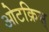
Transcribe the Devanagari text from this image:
ओटक्रिस्